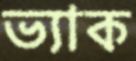
ভ্যাক